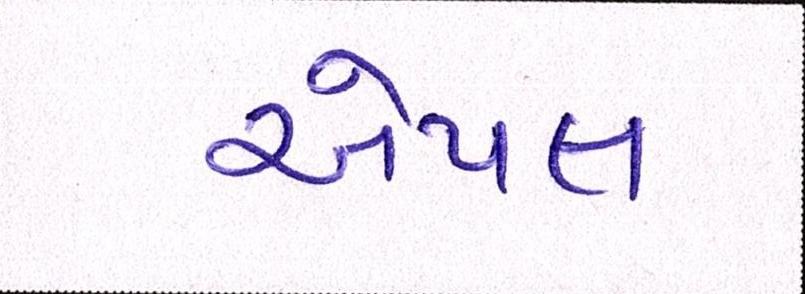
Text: એપલ